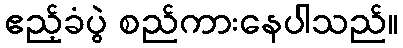
ဧည့်ခံပွဲ စည်ကားနေပါသည်။